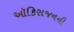
ઑકિસજનની